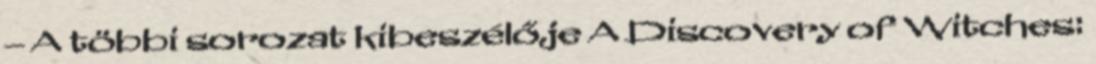
– A többi sorozat kibeszélője A Discovery of Witches: